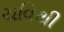
ચવિથી